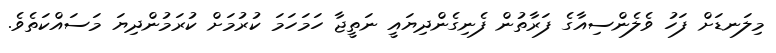
މިލަނޑަށް ފަހު ވެލެންސިއާގެ ފަރާތުން ފެނިގެންދިޔައީ ނަތީޖާ ހަމަހަމަ ކުރުމަށް ކުރަމުންދިޔަ މަސައްކަތެވެ.